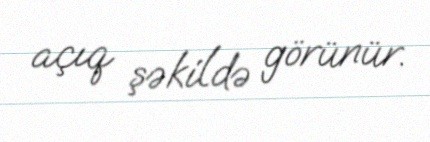
açıq şəkildə görünür.